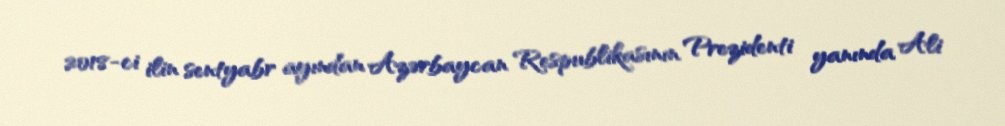
2018-ci ilin sentyabr ayından Azərbaycan Respublikasının Prezidenti yanında Ali